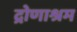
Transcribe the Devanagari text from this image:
द्रोणाश्रम